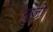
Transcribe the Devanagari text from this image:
गुज़ी